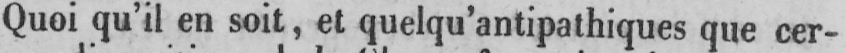
Quoi qu’il en soit, et quelqu’antipathiques que cer-